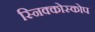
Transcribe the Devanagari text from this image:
स्निक्कोस्कोप